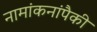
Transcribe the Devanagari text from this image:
नामांकनांपैकी